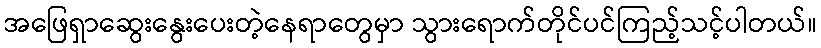
အဖြေရှာဆွေးနွေးပေးတဲ့နေရာတွေမှာ သွားရောက်တိုင်ပင်ကြည့်သင့်ပါတယ်။